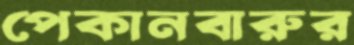
পেকানবারুর